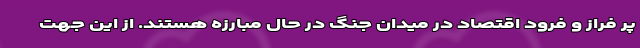
پر فراز و فرود اقتصاد در میدان جنگ در حال مبارزه هستند. از این جهت